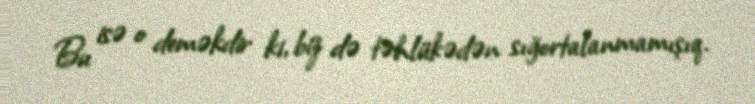
Bu isə o deməkdir ki, biz də təhlükədən sığortalanmamışıq.